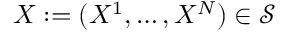
X : = ( X ^ { 1 } , \ldots , X ^ { N } ) \in \mathcal { S }